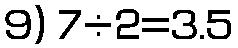
9) 7÷2=3.5